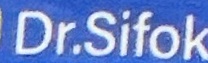
Dr.Sifok